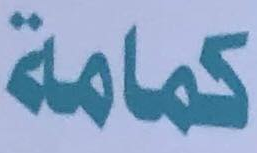
كمامة